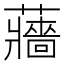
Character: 蘠